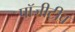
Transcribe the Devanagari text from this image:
पॉजीटीव